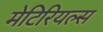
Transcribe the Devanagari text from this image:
मेटिरियल्स